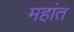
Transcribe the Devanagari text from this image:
महांत